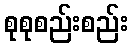
စုစုစည်းစည်း